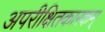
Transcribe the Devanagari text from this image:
अपरीक्षितकारकम्